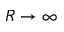
R \to \infty